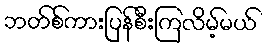
ဘတ်စ်ကားပြန်စီးကြလိမ့်မယ်